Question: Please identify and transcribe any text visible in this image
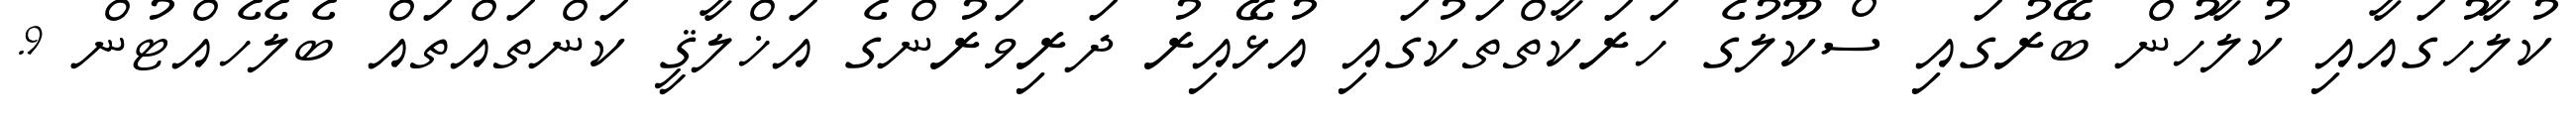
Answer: ކުލާހުގައާއި ކުލާހުން ބޭރުގައި ސްކޫލުގެ ހަރަކާތްތަކުގައި އުޅޭއިރު ދަރިވަރުންގެ އަޚްލާޤީ ކަންތައްތައް ބެލެހެއްޓުން 9.